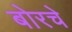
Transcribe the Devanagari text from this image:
बोरचे